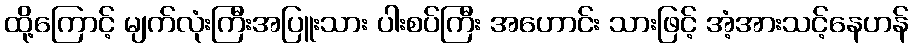
ထို့ကြောင့် မျက်လုံးကြီးအပြူးသား ပါးစပ်ကြီး အဟောင်း သားဖြင့် အံ့အားသင့်နေဟန်